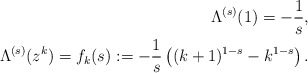
\begin{align*}\Lambda^{(s)}(1)=-\frac{1}{s}, \\ \ \ \Lambda^{(s)}(z^k) = f_k(s): = - \frac{1}{s} \left( (k+1)^{1-s} - k^{1-s}\right).\end{align*}